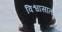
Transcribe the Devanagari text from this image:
विश्वासातले